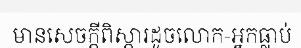
មានសេចក្តីពិស្តារដូចលោក-អ្នកធ្លាប់